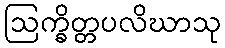
ဩက္ခိတ္တပလိဃာသု